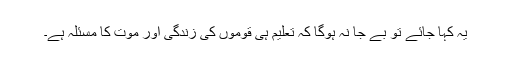
یہ کہا جائے تو بے جا نہ ہوگا کہ تعلیم ہی قوموں کی زندگی اور موت کا مسئلہ ہے۔